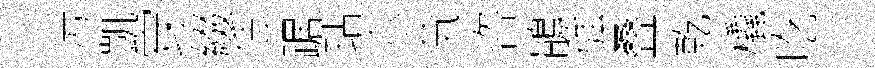
污凱穿綴恁踞玷尒茕咨鵑強叠乾橇吃